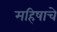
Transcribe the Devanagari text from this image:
महिषाचे